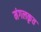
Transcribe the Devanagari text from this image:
मंगलकृत